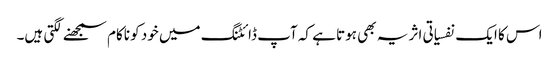
اس کا ایک نفسیاتی اثر یہ بھی ہوتا ہے کہ آپ ڈائٹنگ میں خود کو ناکام سمجھنے لگتی ہیں۔